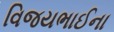
વિજયભાઈના